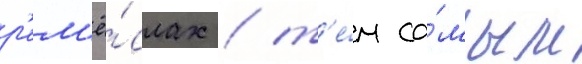
р'ем'ё́слах / т'е́м са́мым